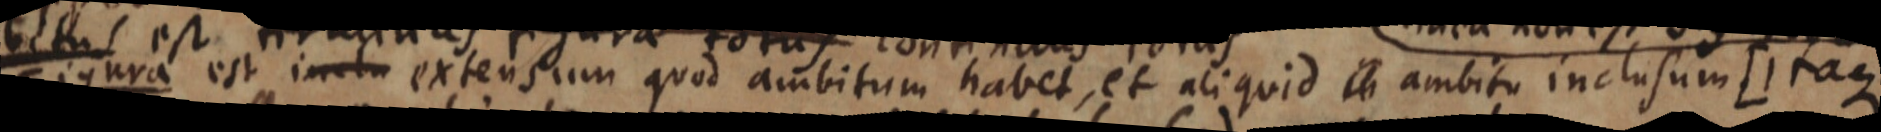
Figura est inclu extensum quod ambitum habet, et aliquid _ ambito inclusum [itaque